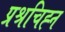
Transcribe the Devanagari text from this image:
प्रश्रचिह्न